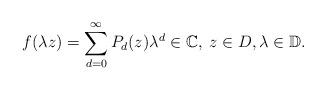
LaTeX: \begin{align*}f(\lambda z)=\sum_{d=0}^{\infty}P_d(z)\lambda^d\in\mathbb C, \;z\in D, \lambda\in\mathbb D.\end{align*}